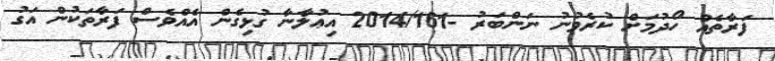
ފަރާތެއް ހޯދުމަށް ކުރެވުނު ނަންބަރު -2014/161 އިޢުލާނާ ގުޅިގެން އެއްވެސް ފަރާތަކުން އަގު